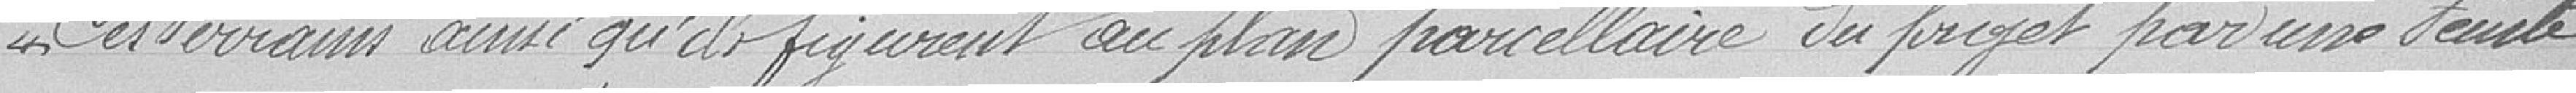
"Ces terrains ainsi qu'ils figurent au plan parcellaire du projet par une teinte